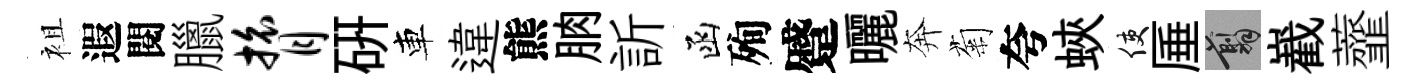
袓遐閱臘膂硏車違熊朒訢函殉蹙曬奔菊夸蛺使厜翦嶻虀